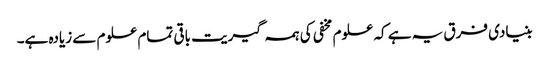
بنیادی فرق یہ ہے کہ علوم مخفی کی ہمہ گیریت باقی تمام علوم سے زیادہ ہے۔